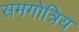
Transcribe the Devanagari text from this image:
समगोत्रिय